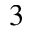
^ 3